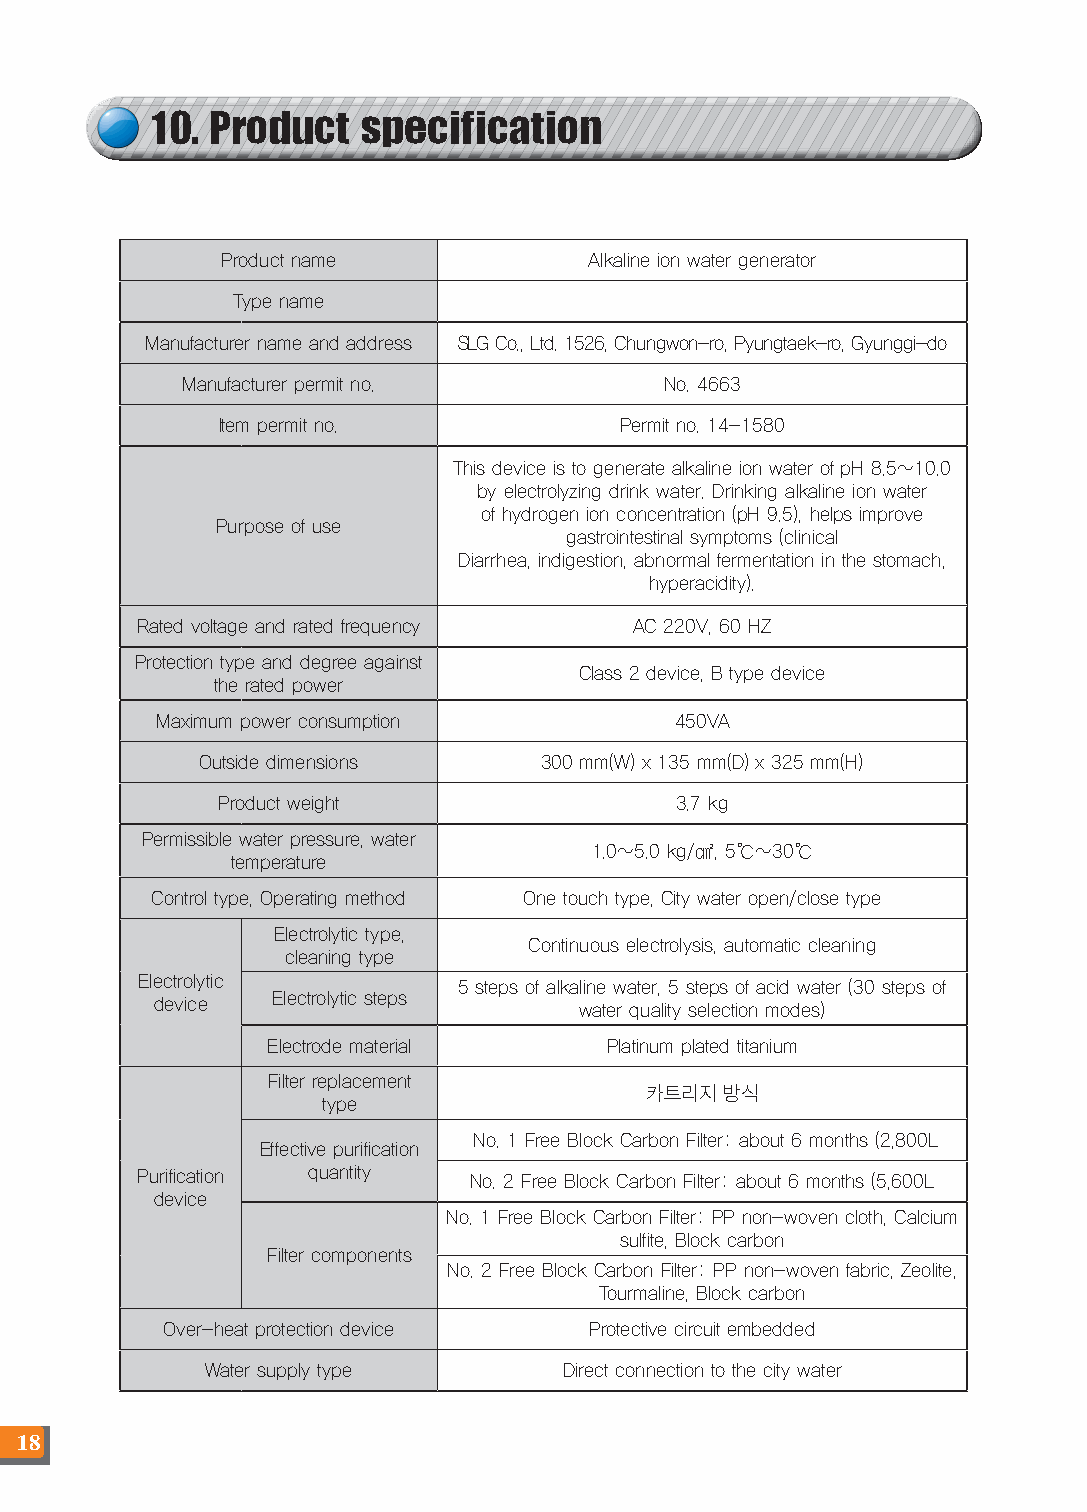
10. Product   specification
 Product name            Alkaline ion water generator
 Type name
 Manufacturer name and address SLG Co., Ltd. 1526, Chungwon-ro, Pyungtaek-ro, Gyunggi-do
 Manufacturer permit no.         No. 4663
 Item permit no.            Permit no. 14-1580
 This device is to generate alkaline ion water of pH 8.5~10.0
 by electrolyzing drink water. Drinking alkaline ion water
 of hydrogen ion concentration (pH 9.5), helps improve
 Purpose of use
 gastrointestinal symptoms (clinical
 Diarrhea, indigestion, abnormal fermentation in the stomach,
 hyperacidity).
 Rated voltage and rated frequency AC 220V, 60 HZ
 Protection type and degree against
 Class 2 device, B type device
 the rated power
 Maximum power consumption          450VA
 Outside dimensions     300 mm(W) x 135 mm(D) x 325 mm(H)
 Product weight                 3.7 kg
 Permissible water pressure, water
 1.0~5.0 kg/㎠, 5℃~30℃
 temperature
 Control type, Operating method One touch type, City water open/close type
 Electrolytic type,
 Continuous electrolysis, automatic cleaning
 cleaning type
 Electrolytic         5 steps of alkaline water, 5 steps of acid water (30 steps of
 device  Electrolytic steps  water quality selection modes)
 Electrode material    Platinum plated titanium
 Filter replacement
 카트리지 방식
 type
 No. 1 Free Block Carbon Filter: about 6 months (2,800L
 Effective purification
 Purification quantity No. 2 Free Block Carbon Filter: about 6 months (5,600L
 device
 No. 1 Free Block Carbon Filter: PP non-woven cloth, Calcium
 sulfite, Block carbon
 Filter components
 No. 2 Free Block Carbon Filter: PP non-woven fabric, Zeolite,
 Tourmaline, Block carbon
 Over-heat protection device Protective circuit embedded
 Water supply type      Direct connection to the city water
 18